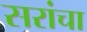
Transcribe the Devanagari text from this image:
सरांचा